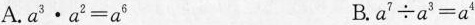
A.a^{3}·a^{2}=a^{6} B.a^{7}÷a^{3}=a^{4}